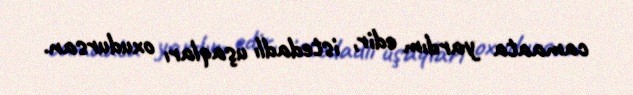
camaata yardım edir, istedadlı uşaqları oxudursan.